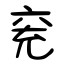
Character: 兖